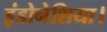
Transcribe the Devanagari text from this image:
इंडोनेशिया।